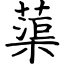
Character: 蕖